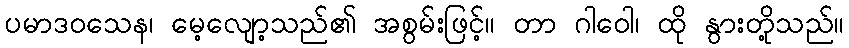
ပမာဒဝသေန၊ မေ့လျော့သည်၏ အစွမ်းဖြင့်။ တာ ဂါဝေါ၊ ထို နွားတို့သည်။